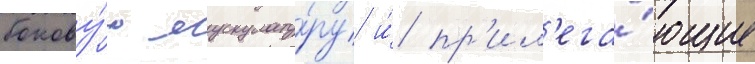
бокову́ю мускулату́ру и́ пр'ил'ега́ющие